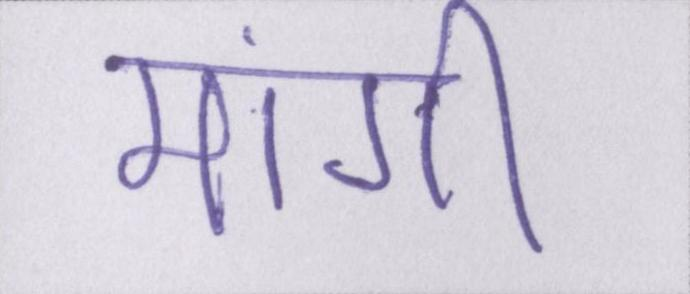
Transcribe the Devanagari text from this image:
मांगी।